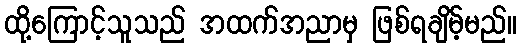
ထို့ကြောင့်သူသည် အထက်အညာမှ ဖြစ်ရချိမ့်မည်။